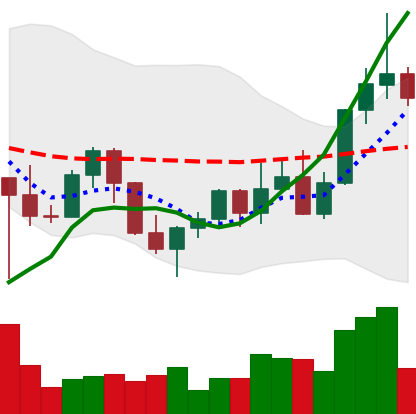
Ticker: LINK-USD
Chart end date: 2022-11-01
Forward return: 5.551%
Label: up_5_7